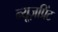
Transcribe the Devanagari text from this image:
न्यूज़प्रिंट